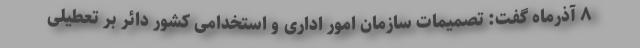
۸ آذرماه گفت: تصمیمات سازمان امور اداری و استخدامی کشور دائر بر تعطیلی